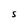
Character: S